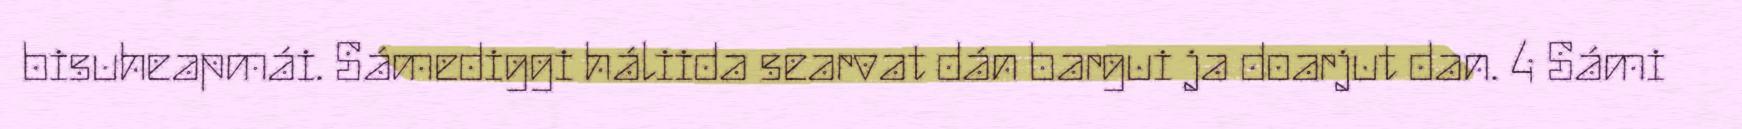
bisuheapmái. Sámediggi háliida searvat dán bargui ja doarjut dan. 4 Sámi